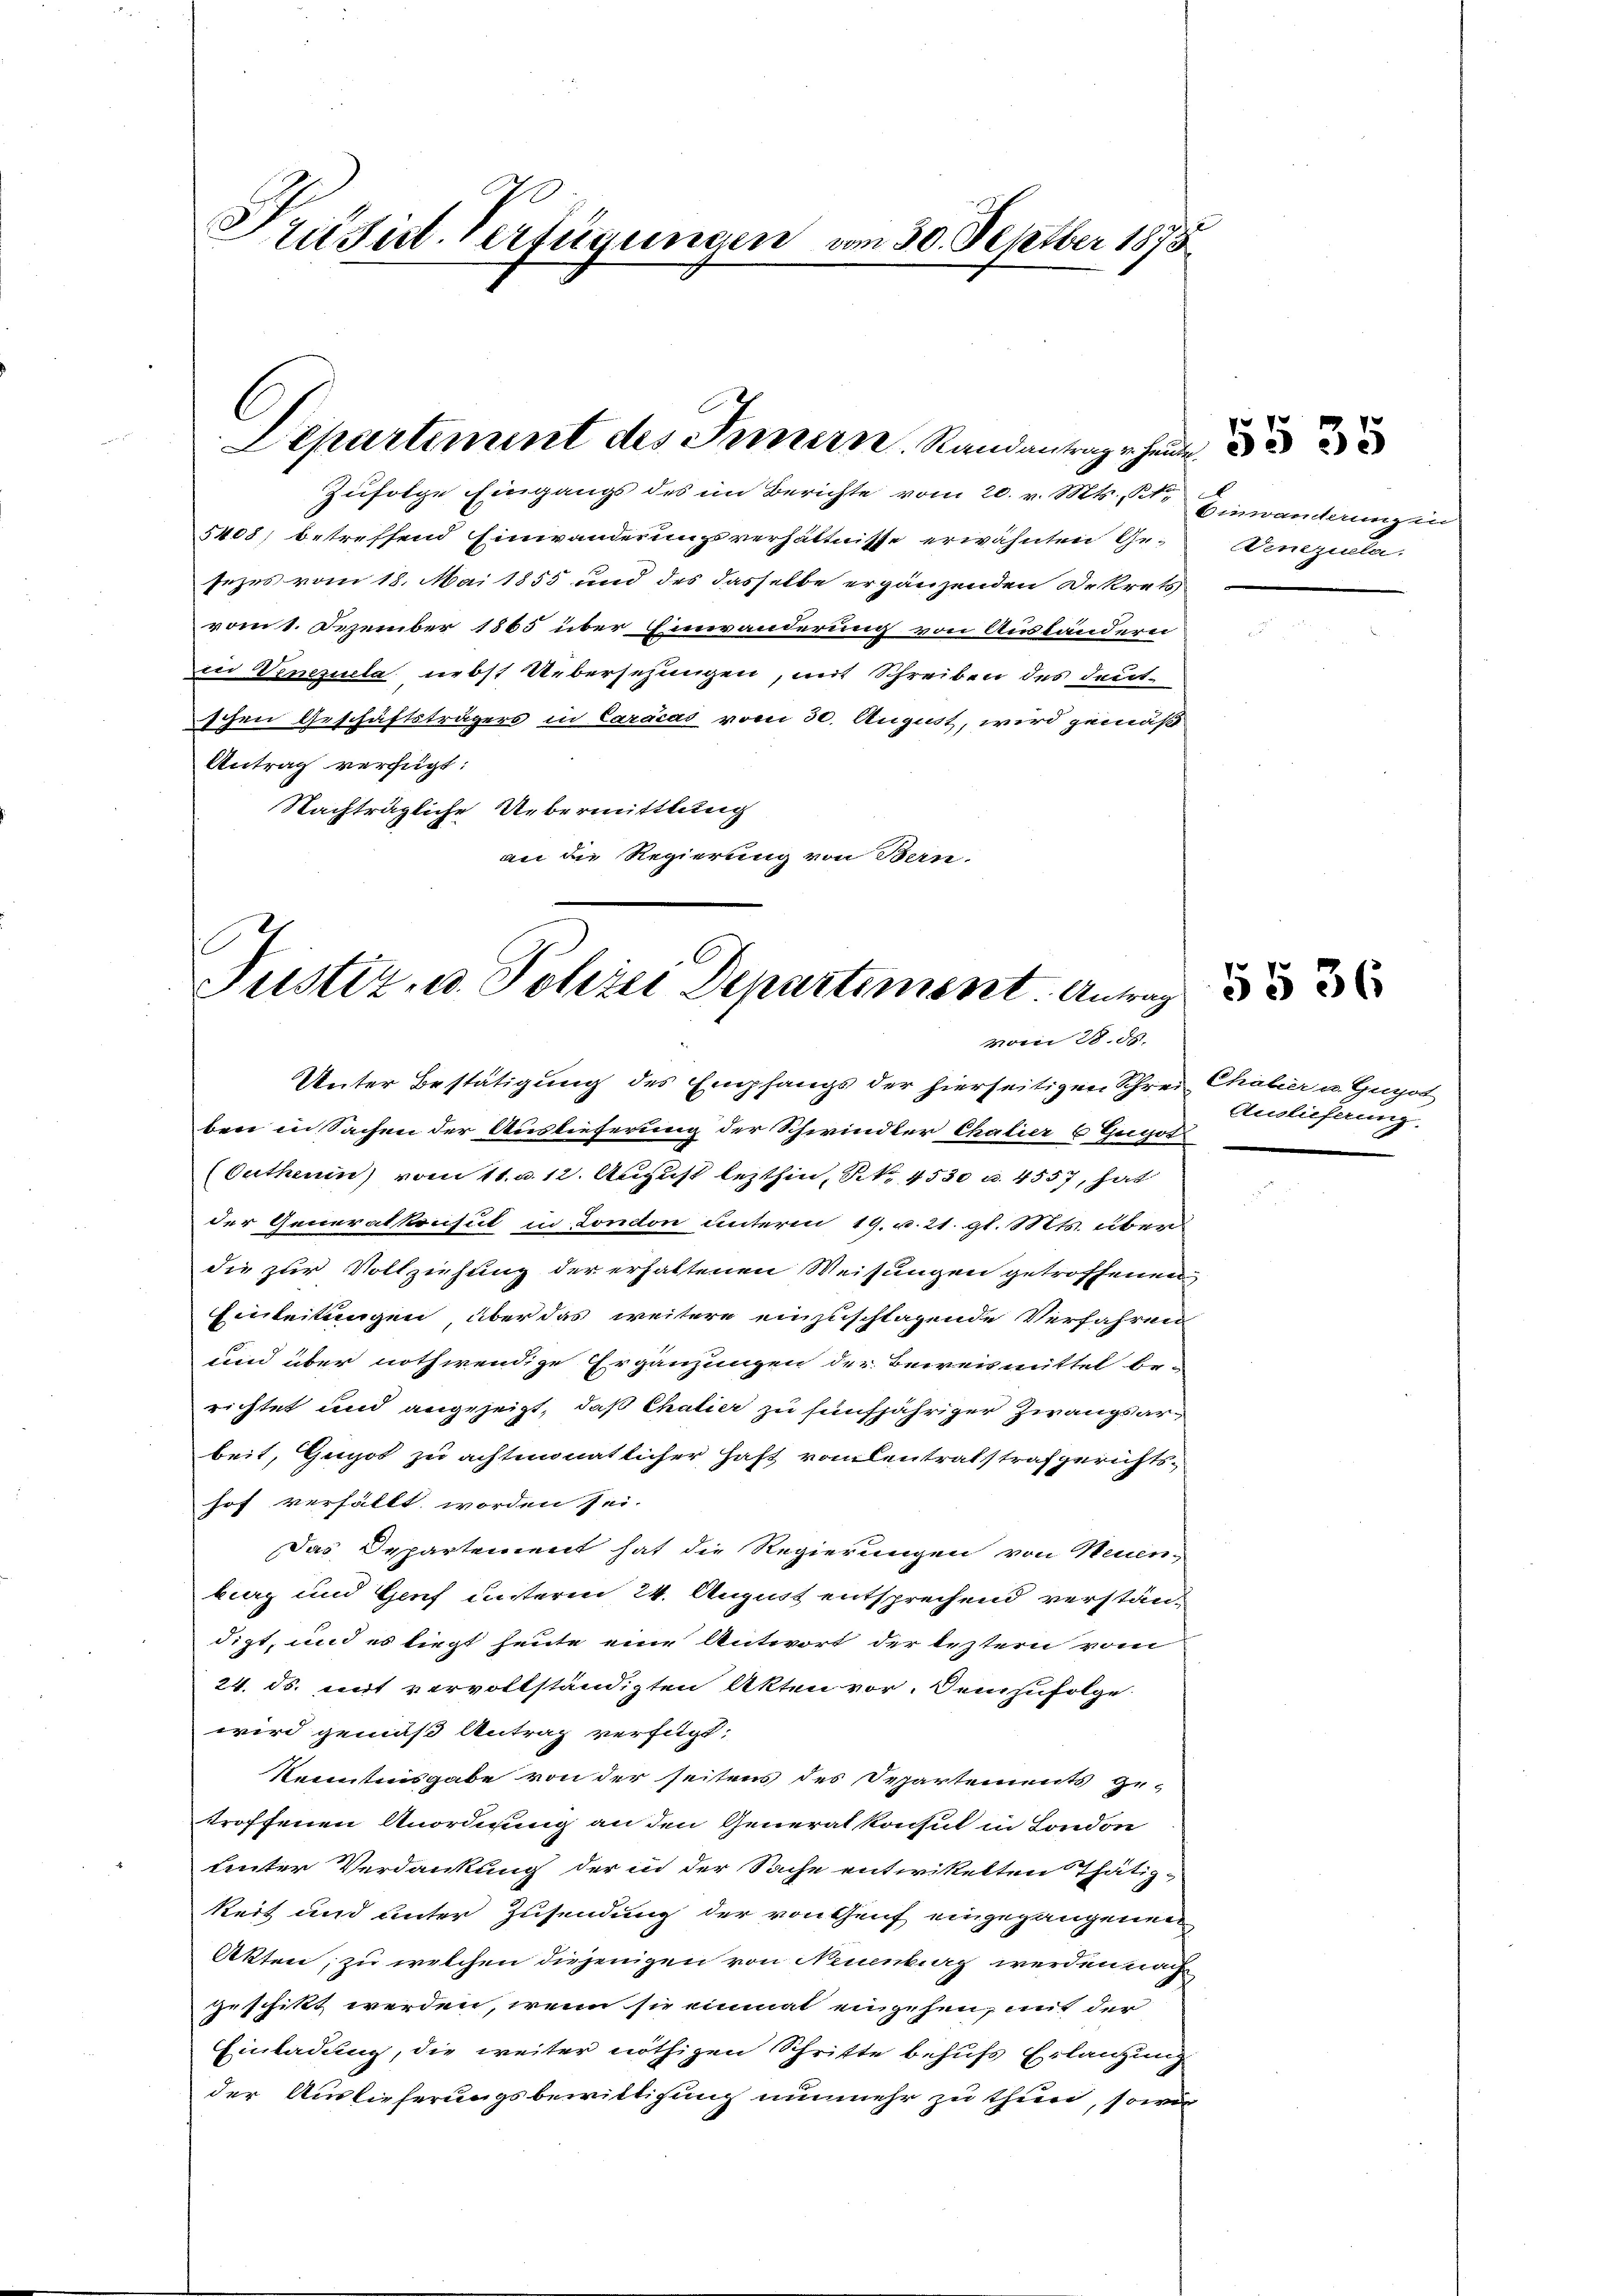
Präsid. Verfügungen vom 30. Septber 1878

Departiment des Innern. Randantrage heute

Zufolge Eingangs des im Berichte vom 20. v. Mts., Kt. Einwanderung in
5408, betreffend Einwanderungsverhältnisse erwähnten Gesezes vom 18. Mai 1855 und des dasselbe ergänzenden Dekrets
vom 1. Dezember 1865 über Einwänderung von Ausländerni
Den Venezuela nebst Uebersehungen, mit Schreiben des deutschen Geschäftsträgers in Caracas vom 30. August, wird gemäß
Antrag verfügt:
Nachträgliche Uebermittlung
an die Regierung von Bern.

E
Justiz u. Polizei Departiment. Antrag
vom 28. ds.

Venezuelar.

Unter Bestätigung des Empfangs der hierseitigen Schrei Chalier u. Gugol
ben in Sachen der Auslieferung der Schwindler Chalier (Gergot mei
Outhen vott. a 12. August lezthin, S. 4530 u. 4557, hat
der Generalkonsul in London unterm 19. v. 21. gl. Mts. übend
die zur Vollziehung der erhaltenen Weisungen getroffenen
Einleitungen über das weitere einzuschlagende Verfahren
und über nothwendige Ergänzungen der Beweismittel be-
richtet und angezeigt, daß Chalier zu fünfjähriger Zwangsarbeit, Guyot zu achtmonatlicher Haft voulentratstrafgerichtshof verfällt worden sei.
Das Departement hat die Regierungen von Neuen-
berg und Genf unterm 24. August entsprechend verständigt, und es liegt heute eine Antwort der leztern vom
24. ds. mit vervollständigten Akten vor. Demzufolge
wird gemäß Antrag verfügt:
Kenntnisgabe von der seitens des Separtements ge-
troffenen Anordnung an den Generalkonsul in London
Lnter Verdankung der in der Sache entwikelten Thätig-
keit und unter Zusendung der von Genf eingegangenen
Akten, zu welchen diejenigen von Neuenburg werden nach
zuschikt werden, wenn sie einmal eingehen, mit der
Einladung, die weiter nöthigen Schritte behufs Erlangung
der Auslieferungsbewilligung nunmehr zu thun, sowie

Auslieferung

5§ 36